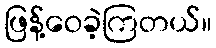
ဖြန့်ဝေခဲ့ကြတယ်။